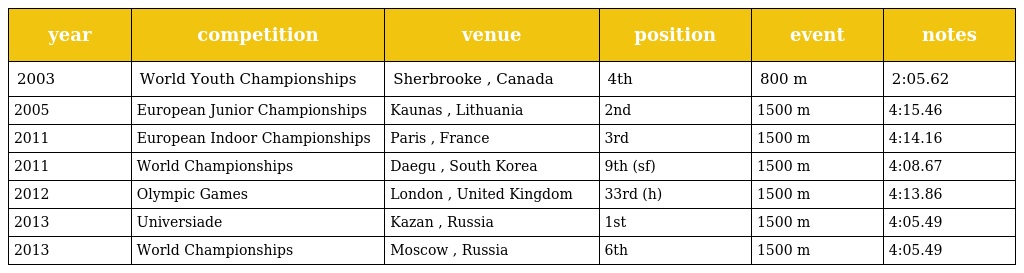
| year | competition | venue | position | event | notes |
 | --- | --- | --- | --- | --- | --- |
 | 2003 | World Youth Championships | Sherbrooke , Canada | 4th | 800 m | 2:05.62 |
 | 2005 | European Junior Championships | Kaunas , Lithuania | 2nd | 1500 m | 4:15.46 |
 | 2011 | European Indoor Championships | Paris , France | 3rd | 1500 m | 4:14.16 |
 | 2011 | World Championships | Daegu , South Korea | 9th (sf) | 1500 m | 4:08.67 |
 | 2012 | Olympic Games | London , United Kingdom | 33rd (h) | 1500 m | 4:13.86 |
 | 2013 | Universiade | Kazan , Russia | 1st | 1500 m | 4:05.49 |
 | 2013 | World Championships | Moscow , Russia | 6th | 1500 m | 4:05.49 |